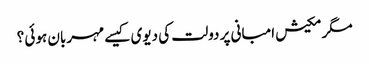
مگر مکیش امبانی پر دولت کی دیوی کیسے مہربان ہوئی ؟